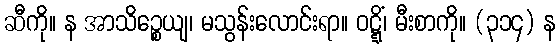
ဆီကို။ န အာသိဉ္စေယျ၊ မသွန်းလောင်းရာ။ ဝဋ္ဋိံ၊ မီးစာကို။ (၃၁၄) န